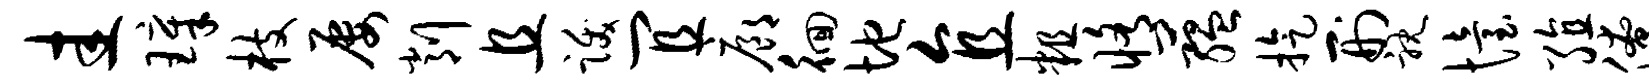
圭璋枝屡削且跋宜廊徊地直粗修蕴旋刑耽怡殖僚